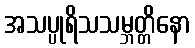
အသပ္ပုရိသသမ္ဘတ္တိနော